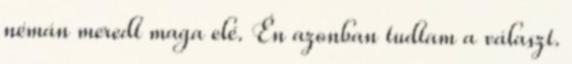
némán meredt maga elé. Én azonban tudtam a választ.